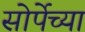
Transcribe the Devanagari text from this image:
सोर्पेच्या